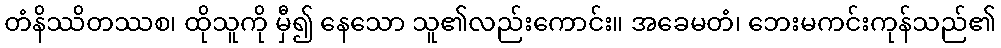
တံနိဿိတဿစ၊ ထိုသူကို မှီ၍ နေသော သူ၏လည်းကောင်း။ အခေမတံ၊ ဘေးမကင်းကုန်သည်၏